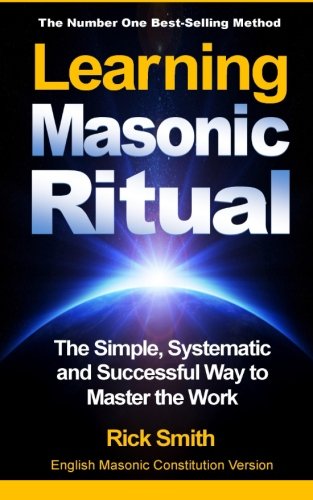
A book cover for Learning Masonic Ritual: The Simple, Systematic and Successful Way to Master the Work; Rick Smith; Religion & Spirituality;